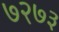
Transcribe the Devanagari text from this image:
७२७३